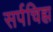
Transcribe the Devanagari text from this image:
सर्पचिह्म